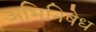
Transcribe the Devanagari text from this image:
अभिनिषेध